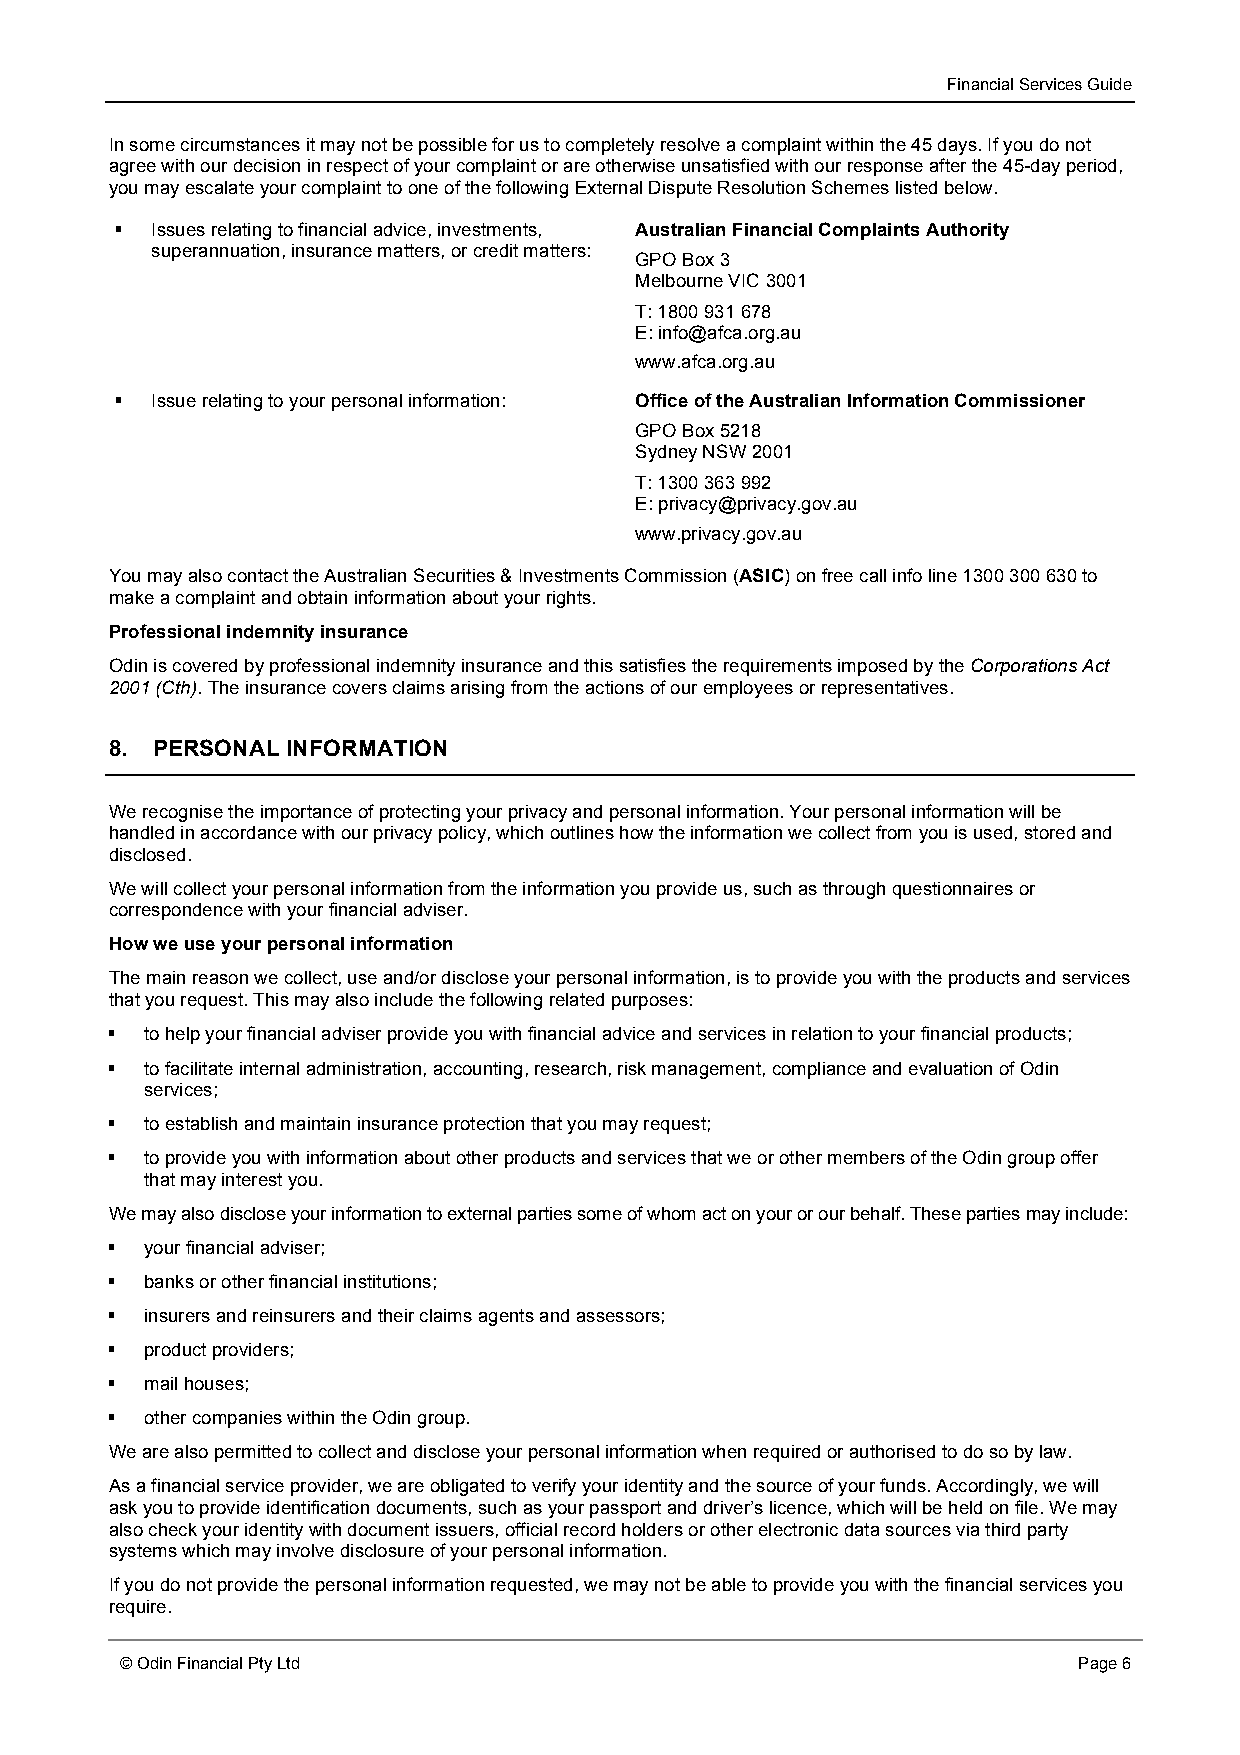
Financial Services Guide
 In some circumstances it may not be possible for us to completely resolve a complaint within the 45 days. If you do not
 agree with our decision in respect of your complaint or are otherwise unsatisfied with our response after the 45-day period,
 you may escalate your complaint to one of the following External Dispute Resolution Schemes listed below.
 § Issues relating to financial advice, investments, Australian Financial Complaints Authority
 superannuation, insurance matters, or credit matters:
 GPO Box 3
 Melbourne VIC 3001
 T: 1800 931 678
 E: info@afca.org.au
 www.afca.org.au
 § Issue relating to your personal information: Office of the Australian Information Commissioner
 GPO Box 5218
 Sydney NSW 2001
 T: 1300 363 992
 E: privacy@privacy.gov.au
 www.privacy.gov.au
 You may also contact the Australian Securities & Investments Commission (ASIC) on free call info line 1300 300 630 to
 make a complaint and obtain information about your rights.
 Professional indemnity insurance
 Odin is covered by professional indemnity insurance and this satisfies the requirements imposed by the Corporations Act
 2001 (Cth). The insurance covers claims arising from the actions of our employees or representatives.
 8. PERSONAL INFORMATION
 We recognise the importance of protecting your privacy and personal information. Your personal information will be
 handled in accordance with our privacy policy, which outlines how the information we collect from you is used, stored and
 disclosed.
 We will collect your personal information from the information you provide us, such as through questionnaires or
 correspondence with your financial adviser.
 How we use your personal information
 The main reason we collect, use and/or disclose your personal information, is to provide you with the products and services
 that you request. This may also include the following related purposes:
 §  to help your financial adviser provide you with financial advice and services in relation to your financial products;
 §  to facilitate internal administration, accounting, research, risk management, compliance and evaluation of Odin
 services;
 §  to establish and maintain insurance protection that you may request;
 §  to provide you with information about other products and services that we or other members of the Odin group offer
 that may interest you.
 We may also disclose your information to external parties some of whom act on your or our behalf. These parties may include:
 §  your financial adviser;
 §  banks or other financial institutions;
 §  insurers and reinsurers and their claims agents and assessors;
 §  product providers;
 §  mail houses;
 §  other companies within the Odin group.
 We are also permitted to collect and disclose your personal information when required or authorised to do so by law.
 As a financial service provider, we are obligated to verify your identity and the source of your funds. Accordingly, we will
 ask you to provide identification documents, such as your passport and driver’s licence, which will be held on file. We may
 also check your identity with document issuers, official record holders or other electronic data sources via third party
 systems which may involve disclosure of your personal information.
 If you do not provide the personal information requested, we may not be able to provide you with the financial services you
 require.
 © Odin Financial Pty Ltd                                       Page 6